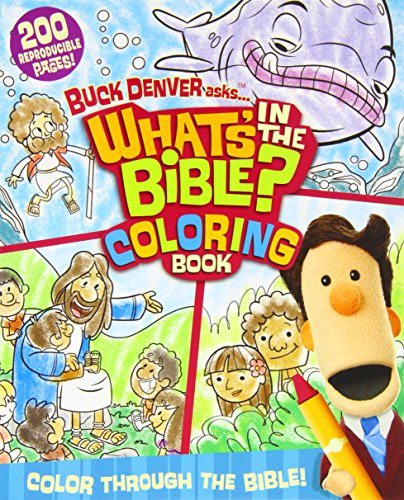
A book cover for Buck Denver Asks... What's in the Bible Coloring Book: Color Through the Bible from Genesis to Revelation!; Phil Vischer; Christian Books & Bibles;